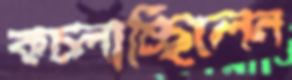
কচ্‌লাচ্ছিলেন